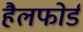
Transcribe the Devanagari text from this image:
हैलफोर्ड